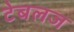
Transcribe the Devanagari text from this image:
टेबलज